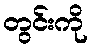
တွင်းကို